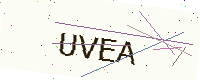
Text: UVEA